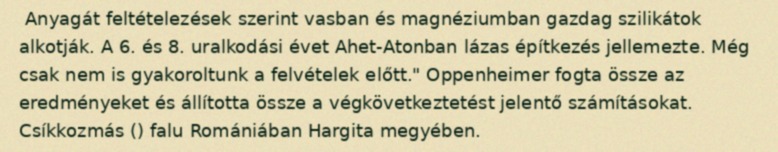
Anyagát feltételezések szerint vasban és magnéziumban gazdag szilikátok alkotják. A 6. és 8. uralkodási évet Ahet-Atonban lázas építkezés jellemezte. Még csak nem is gyakoroltunk a felvételek előtt." Oppenheimer fogta össze az eredményeket és állította össze a végkövetkeztetést jelentő számításokat. Csíkkozmás () falu Romániában Hargita megyében.